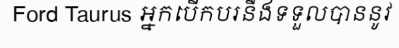
Ford Taurus អ្នកបើកបរនឹងទទួលបាននូវ